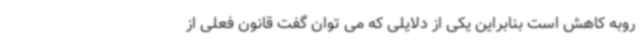
روبه کاهش است بنابراین یکی از دلایلی که می توان گفت قانون فعلی از